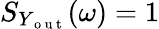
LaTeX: S_{Y_{\mathrm{~o~u~t~}}}(\omega)=1